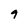
Character: 9